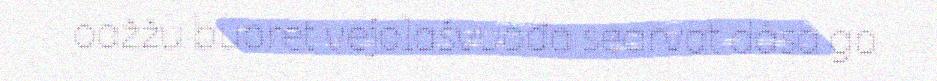
oažžu buoret vejolašvuođa searvat dása go